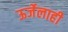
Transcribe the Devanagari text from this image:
ऊर्जेलाही